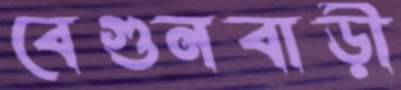
বেগুনবাড়ী